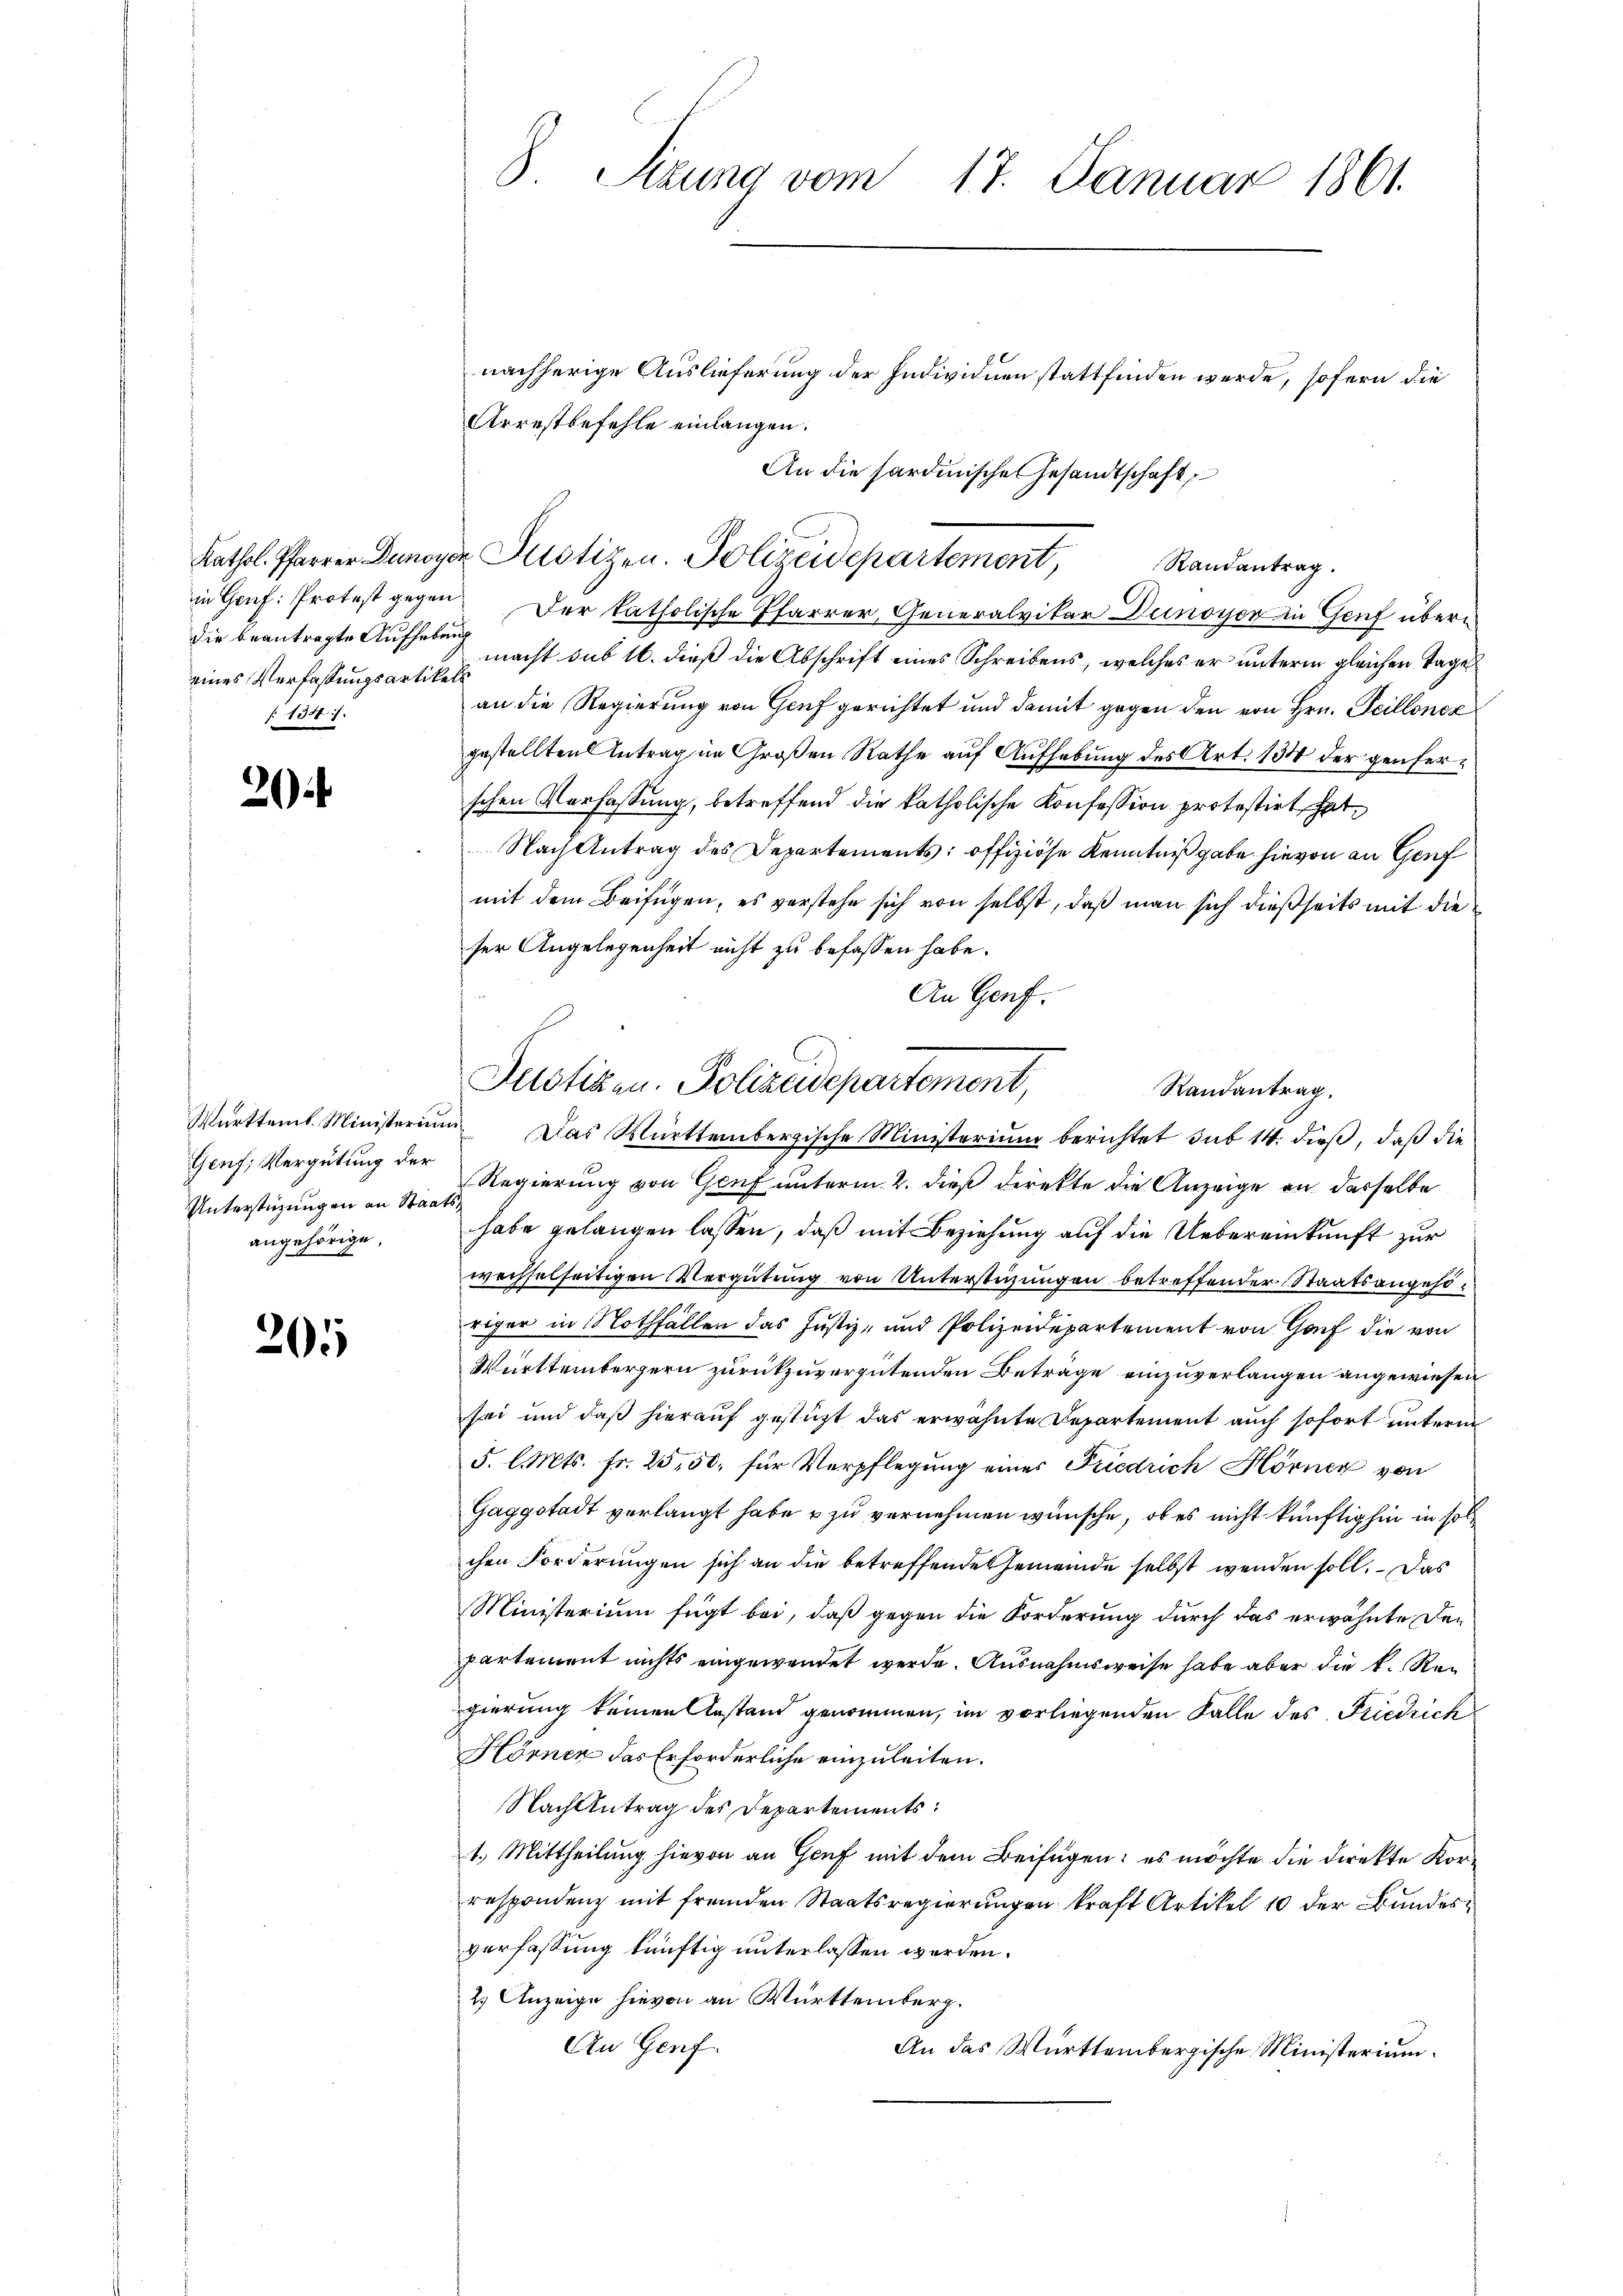
die beantragte Aufhebung
eines Verfassungsartikels
134 f.

2

Genf; Vergütung der
Unterstüzungen an Staatsangehörige,

20

3 Sizung vom 17. Januar 1861.

Kathol. Pfarrer Dunoyer Potizen. Polizeidepartement, Randantrag.

in Gruf: Protest gegen. Der katholische Pfarrer Generalvikar Dunoyer in Genf übermacht sub 16. dieß die Abschrift eines Schreibens, welches er unterm gleichen Tages
an die Regierung von Genf gerichtet und damit gegen den von Hrn. Peilloncz
gestellten Antrag im Großen Rathe auf Aufhebung des Art. 134 der Genferschen Verfassung, betreffend die katholische Konfession protestirt hat,
Nach Antrag des Departements: offiziöse Kenntniß gabe hievon an Genf
mit dem Beifügen, es verstehe sich von selbst, daß man sich dießseits mit die
ser Angelegenheit nicht zu befassen habe.
An Genf.
Regierung von Genf unterm 2. dieß direkte die Anzeige an dasselbe
habe gelangen lassen, daß mit Beziehung auf die Uebereinkunft zur
wechselseitigen Vergütung von Unterstüzungen betreffender Staatsangehöriger in Nothfällen das Justiz- und Polizeidepartement von Gauf die von
Württembergern zurückzuvergütenden Beträge einzuverlangen angewiesen
sei und daß hierauf gestüzt das erwähnte Departement auch sofort unterm
5. l. Mts. fr. 25,50, für Verpflegung eines Friedrich Hörner von
Gaggstadt verlangt habe u zu vernehmen wünsche, ob es nicht künftighin in soll
chen Forderungen sich an die betreffende Gemeinde selbst wenden soll. Das
Ministerium fügt bei, daß gegen die Forderung durch das erwähnte Departement nichts eingewendet werde. Ausnahmsweise habe aber die k. Regierung keinen Anstand genommen, im vorliegenden Falle des Friedrich
Hörner das Erforderliche einzuleiten.
Nach Antrag des Departements:
1.) Mittheilung hievon an Genf mit dem Beifügen: es möchte die Direkte Korrespondenz mit fremden Staatsregierungen kraft Artikel 10 der Bundesverfassung künftig unterlassen werden.
2) Anzeige hievon an Württemberg.
An Genf.
An das Württembergische Ministerium.

nachherige Auslieferung der Individuen stattfinden werde, sofern die
Arrestbefehle einlangen.
An die Sardinische Gesandtschaft

Justiken. Polizeidepartement,
Randantrag
Württemb. Ministerium. Das Württembergische Ministerium berichtet sub 14. dieß, daß die